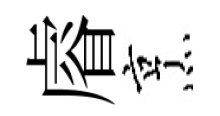
𥈠烹